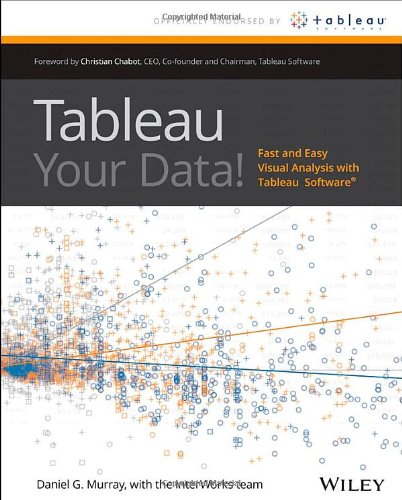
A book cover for Tableau Your Data!: Fast and Easy Visual Analysis with Tableau Software; Dan Murray; Computers & Technology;